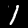
Label: 1